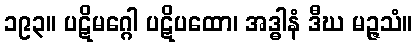
၁၉၃။ ပဋိမဂ္ဂေါ ပဋိပထော၊ အဒ္ဓါနံ ဒီဃ မဉ္ဇသံ။